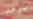
يوجد